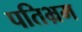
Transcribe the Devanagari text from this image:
पतिभ्रम